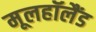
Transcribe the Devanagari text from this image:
मूलहॉलैंड